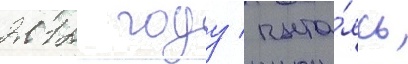
2012 году / пыта́ясь